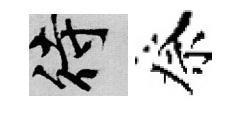
待祭